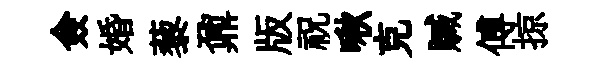
僉婚藜鼐版祝啾克贓傅掠